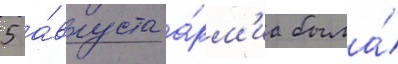
5 а́вгуста а́рм'иа была́